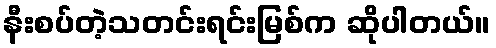
နီးစပ်တဲ့သတင်းရင်းမြစ်က ဆိုပါတယ်။